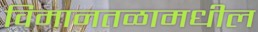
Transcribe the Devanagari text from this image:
विमानतळामधील